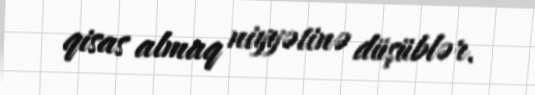
qisas almaq niyyətinə düşüblər.